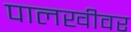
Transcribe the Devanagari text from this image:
पालखीवर